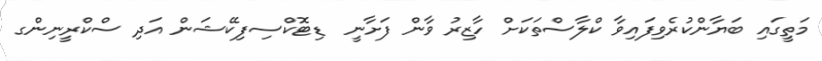
މަތީގައި ބަޔާންކުރެވިފައިވާ ކްލާސްތަކަށް ހާޒިރު ވާން ފަށާނީ  ޑިޓޮކްސިފިކޭޝަން އަދި ސްކްރީނިންގ